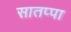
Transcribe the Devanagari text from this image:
सातप्पा